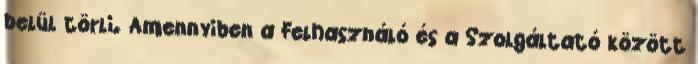
belül törli. Amennyiben a Felhasználó és a Szolgáltató között